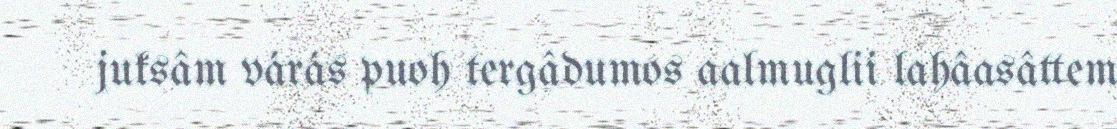
juksâm várás puoh tergâdumos aalmuglii lahâasâttem